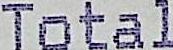
TOTAL